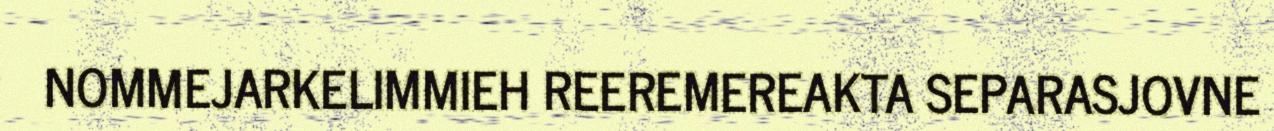
NOMMEJARKELIMMIEH REEREMEREAKTA SEPARASJOVNE